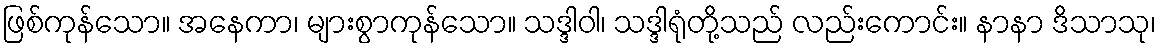
ဖြစ်ကုန်သော။ အနေကာ၊ များစွာကုန်သော။ သဒ္ဒါဝါ၊ သဒ္ဒါရုံတို့သည် လည်းကောင်း။ နာနာ ဒိသာသု၊